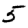
Digit: 5